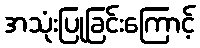
အသုံးပြုခြင်းကြောင့်